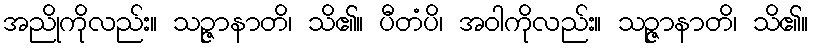
အညိုကိုလည်း။ သဉ္ဇာနာတိ၊ သိ၏။ ပီတံပိ၊ အဝါကိုလည်း။ သဉ္ဇာနာတိ၊ သိ၏။